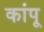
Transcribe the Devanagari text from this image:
कांपू